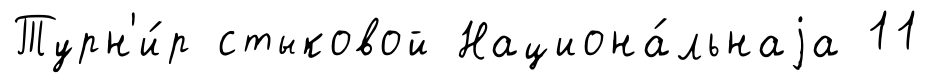
Турн'и́р стыковой Национа́льнаjа 11